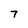
Character: 7